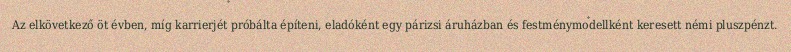
Az elkövetkező öt évben, míg karrierjét próbálta építeni, eladóként egy párizsi áruházban és festménymodellként keresett némi pluszpénzt.